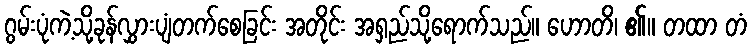
ဂွမ်းပုံကဲ့သို့ခုန်လွှားပျံတက်စေခြင်း အတိုင်း အရှည်သို့ရောက်သည်။ ဟောတိ၊ ၏။ တထာ တံ